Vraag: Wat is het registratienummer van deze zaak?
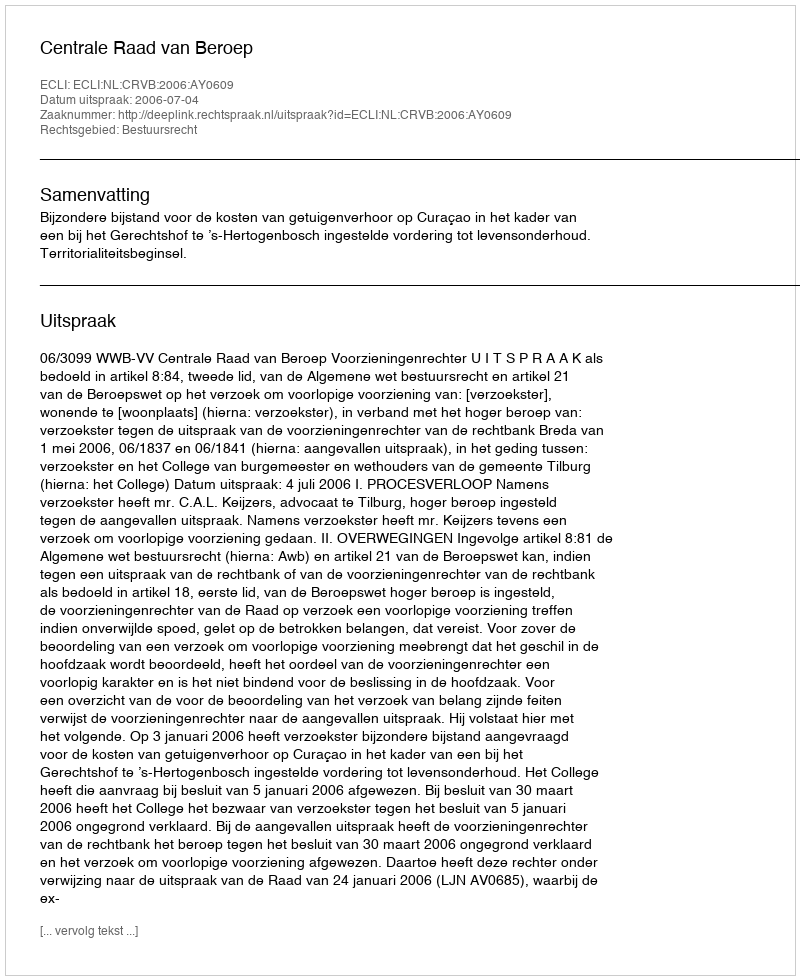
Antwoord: http://deeplink.rechtspraak.nl/uitspraak?id=ECLI:NL:CRVB:2006:AY0609